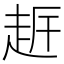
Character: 𧻀